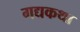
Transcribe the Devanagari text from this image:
गद्यकथा